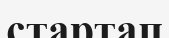
стартап